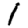
Digit: 1